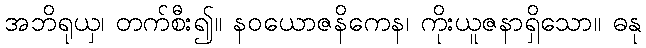
အဘိရုယှ၊ တက်စီး၍။ နဝယောဇနိကေန၊ ကိုးယူဇနာရှိသော။ ဓနု